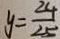
y = \frac { 2 4 } { 2 5 }